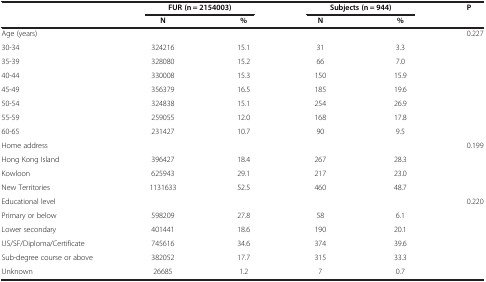
| <ROWSPAN=2>  | <COLSPAN=2> FUR (n = 2154003) | <COLSPAN=2> Subjects (n = 944) | P |
 | N | % | N | % |  |
 | --- | --- | --- | --- | --- | --- |
 | Age (years) |  |  |  |  | 0.227 |
 | 30-34 | 324216 | 15.1 | 31 | 3.3 |  |
 | 35-39 | 328080 | 15.2 | 66 | 7.0 |  |
 | 40-44 | 330008 | 15.3 | 150 | 15.9 |  |
 | 45-49 | 356379 | 16.5 | 185 | 19.6 |  |
 | 50-54 | 324838 | 15.1 | 254 | 26.9 |  |
 | 55-59 | 259055 | 12.0 | 168 | 17.8 |  |
 | 60-65 | 231427 | 10.7 | 90 | 9.5 |  |
 | Home address |  |  |  |  | 0.199 |
 | Hong Kong Island | 396427 | 18.4 | 267 | 28.3 |  |
 | Kowloon | 625943 | 29.1 | 217 | 23.0 |  |
 | New Territories | 1131633 | 52.5 | 460 | 48.7 |  |
 | Educational level |  |  |  |  | 0.220 |
 | Primary or below | 598209 | 27.8 | 58 | 6.1 |  |
 | Lower secondary | 401441 | 18.6 | 190 | 20.1 |  |
 | US/SF/Diploma/Certificate | 745616 | 34.6 | 374 | 39.6 |  |
 | Sub-degree course or above | 382052 | 17.7 | 315 | 33.3 |  |
 | Unknown | 26685 | 1.2 | 7 | 0.7 |  |